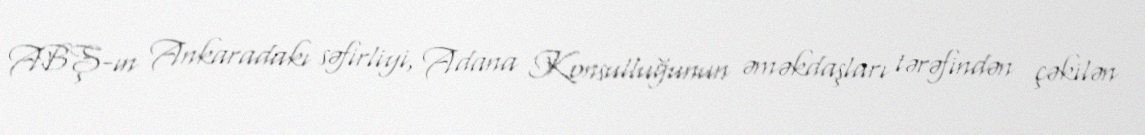
ABŞ-ın Ankaradakı səfirliyi, Adana Konsulluğunun əməkdaşları tərəfindən çəkilən